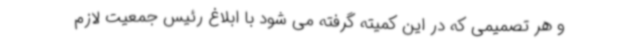
و هر تصمیمی که در این کمیته گرفته می شود با ابلاغ رئیس جمعیت لازم